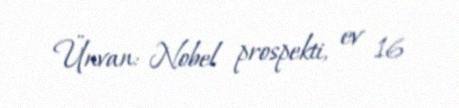
Ünvan: Nobel prospekti, ev 16